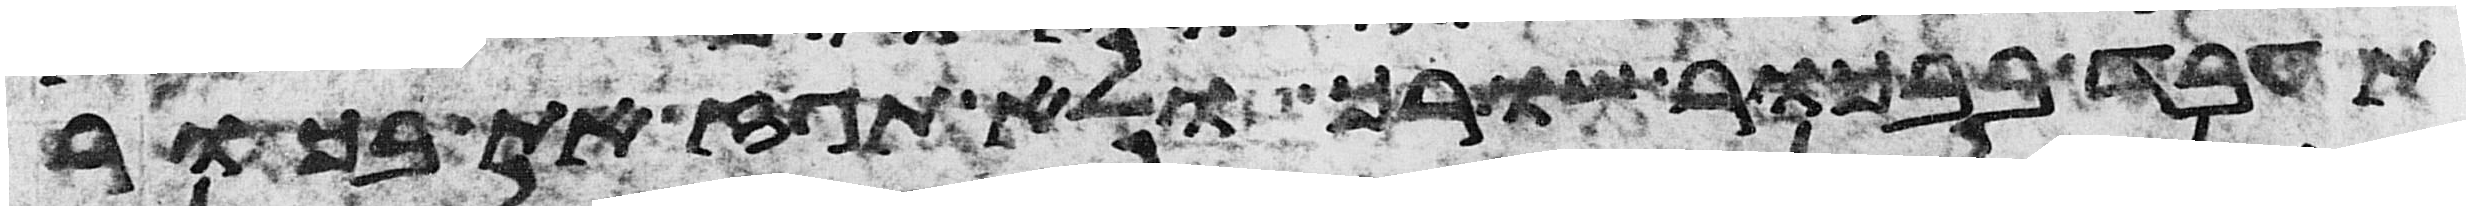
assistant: תעבד בבכור שורך ולא תגז את בכור